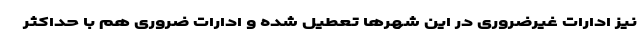
نیز ادارات غیرضروری در این شهرها تعطیل شده و ادارات ضروری هم با حداکثر